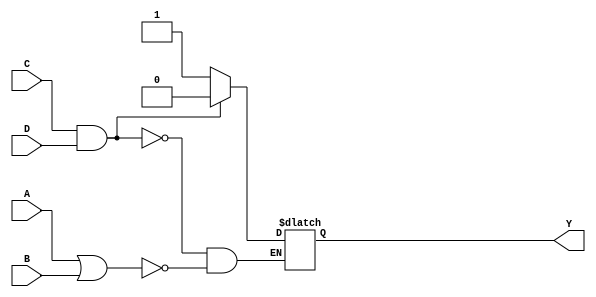
/***************************************************
* Class: EE 271
* Module: always_combo
* Description: missing final else block
*              the latch is inferred
****************************************************/


// Procedural gates gotcha
//
module always_combo
    (
        input A, B, C, D,
        output reg Y
    );

    always @(A or B or C or D)
        begin
            if ((C == 1) && (D == 1))
                Y <= 0;
            else if ((A == 1) || (B == 1))
                Y <= 1;
            // missing final else block
            // the latch is inferred
        end
endmodule // always_combo